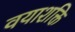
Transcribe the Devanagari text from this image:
वयाशक्ति